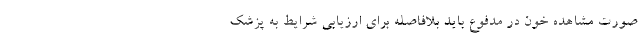
صورت مشاهده خون در مدفوع باید بلافاصله برای ارزیابی شرایط به پزشک